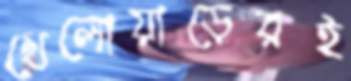
খেলোয়াড়েরই